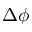
\Delta \phi